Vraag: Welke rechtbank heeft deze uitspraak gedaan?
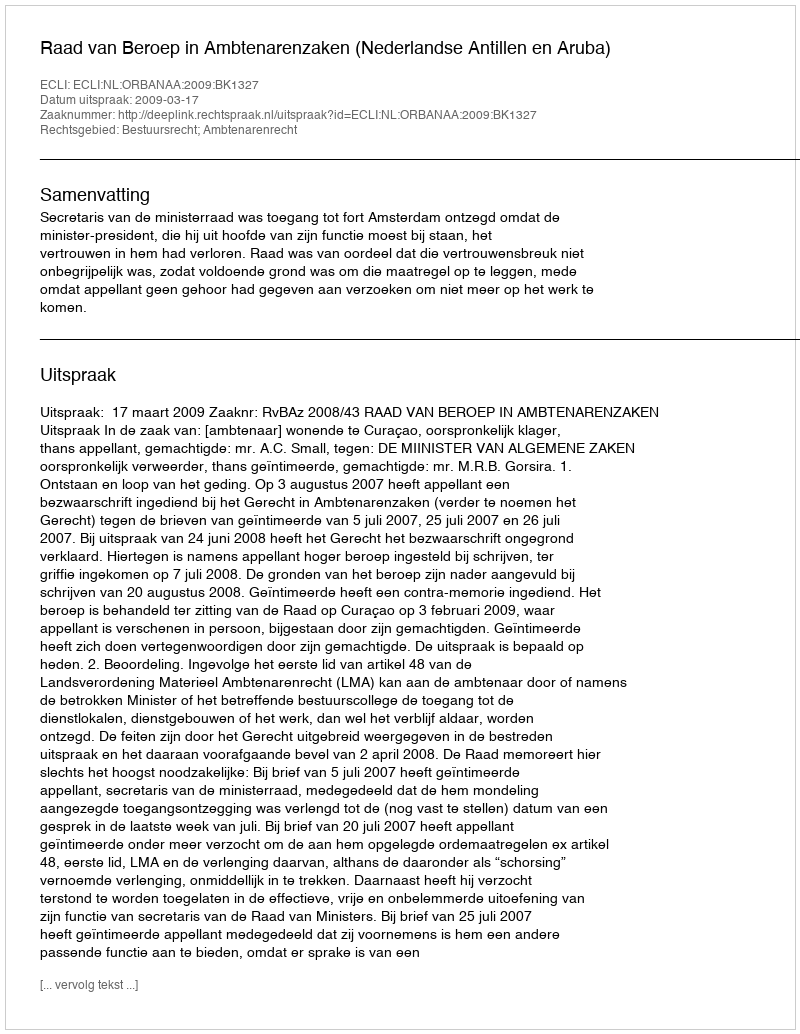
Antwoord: Raad van Beroep in Ambtenarenzaken (Nederlandse Antillen en Aruba)